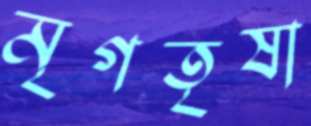
মৃগতৃষা